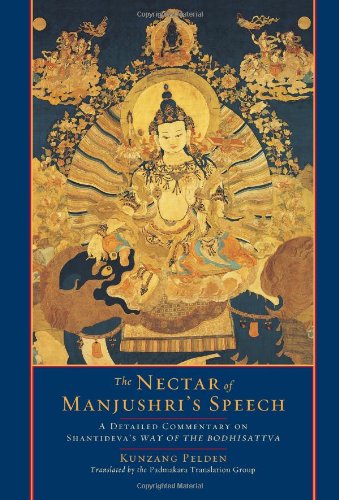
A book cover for The Nectar of Manjushri's Speech: A Detailed Commentary on Shantideva's Way of the Bodhisattva; Kunzang Pelden; Religion & Spirituality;